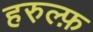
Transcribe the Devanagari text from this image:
हरुल्फ़